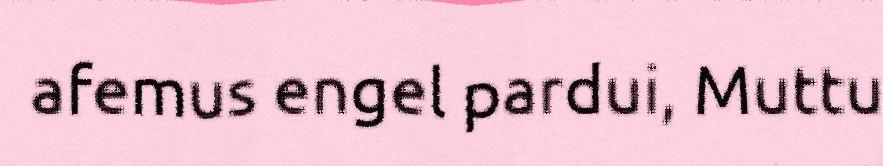
afemus engel pardui, Muttu